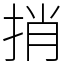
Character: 捎